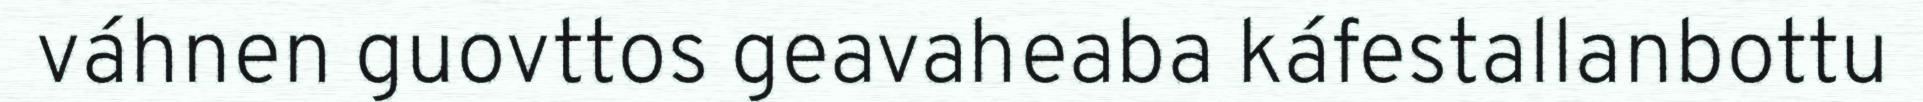
váhnen guovttos geavaheaba káfestallanbottu